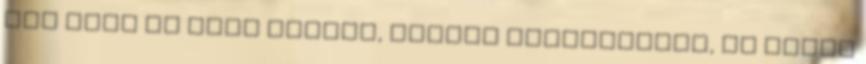
jár neki öt perc hírnév, amikor elmondhatja, az állam